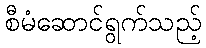
စီမံဆောင်ရွက်သည့်